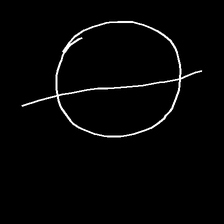
Glyph: orb